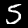
Label: 5